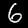
Digit: 6